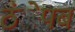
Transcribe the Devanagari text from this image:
ठंेपब